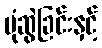
ပုံဆွဲခြင်းနှင့်